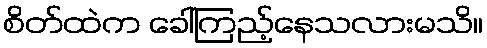
စိတ်ထဲက ခေါ်ကြည့်နေသလားမသိ။